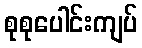
စုစုပေါင်းကျပ်